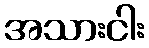
အသားငါး